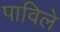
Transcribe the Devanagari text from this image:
पाविले